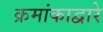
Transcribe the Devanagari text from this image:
क्रमांकाद्वारे